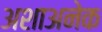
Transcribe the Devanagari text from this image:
अशाअनेक